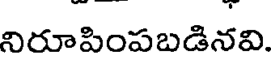
నిరూపింపబడినవి.